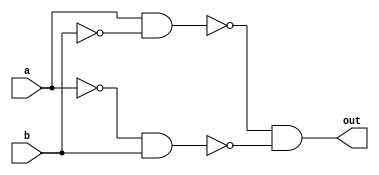
module xor_passgate(input a, input b, output out);
 
  wire inv_a, inv_b;
  wire pass_a, pass_b;
  
  not (inv_a, a);
  not (inv_b, b);

  nand (pass_a, a, inv_b);
  nand (pass_b, inv_a, b);

  and (out, pass_a, pass_b);

endmodule